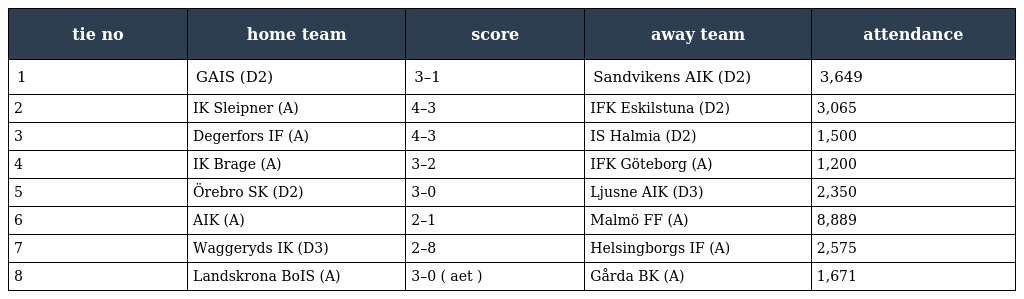
| tie no | home team | score | away team | attendance |
 | --- | --- | --- | --- | --- |
 | 1 | GAIS (D2) | 3–1 | Sandvikens AIK (D2) | 3,649 |
 | 2 | IK Sleipner (A) | 4–3 | IFK Eskilstuna (D2) | 3,065 |
 | 3 | Degerfors IF (A) | 4–3 | IS Halmia (D2) | 1,500 |
 | 4 | IK Brage (A) | 3–2 | IFK Göteborg (A) | 1,200 |
 | 5 | Örebro SK (D2) | 3–0 | Ljusne AIK (D3) | 2,350 |
 | 6 | AIK (A) | 2–1 | Malmö FF (A) | 8,889 |
 | 7 | Waggeryds IK (D3) | 2–8 | Helsingborgs IF (A) | 2,575 |
 | 8 | Landskrona BoIS (A) | 3–0 ( aet ) | Gårda BK (A) | 1,671 |